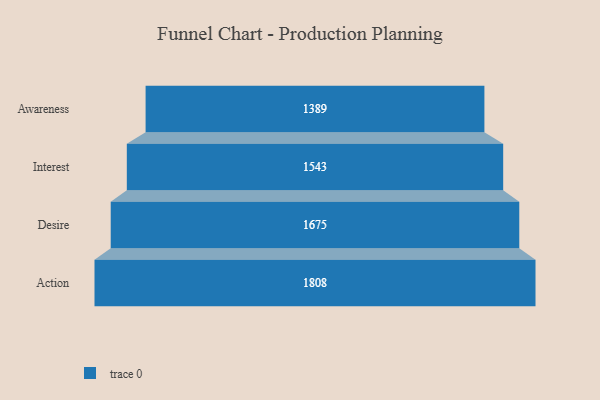
{"axis": {"x": "Stage", "y": "Value"}, "legend": [""], "data": [{"x": "Awareness", "y": 1389.0, "type": ""}, {"x": "Interest", "y": 1543.0, "type": ""}, {"x": "Desire", "y": 1675.0, "type": ""}, {"x": "Action", "y": 1808.0, "type": ""}]}